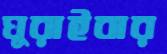
ঘুরাইবার